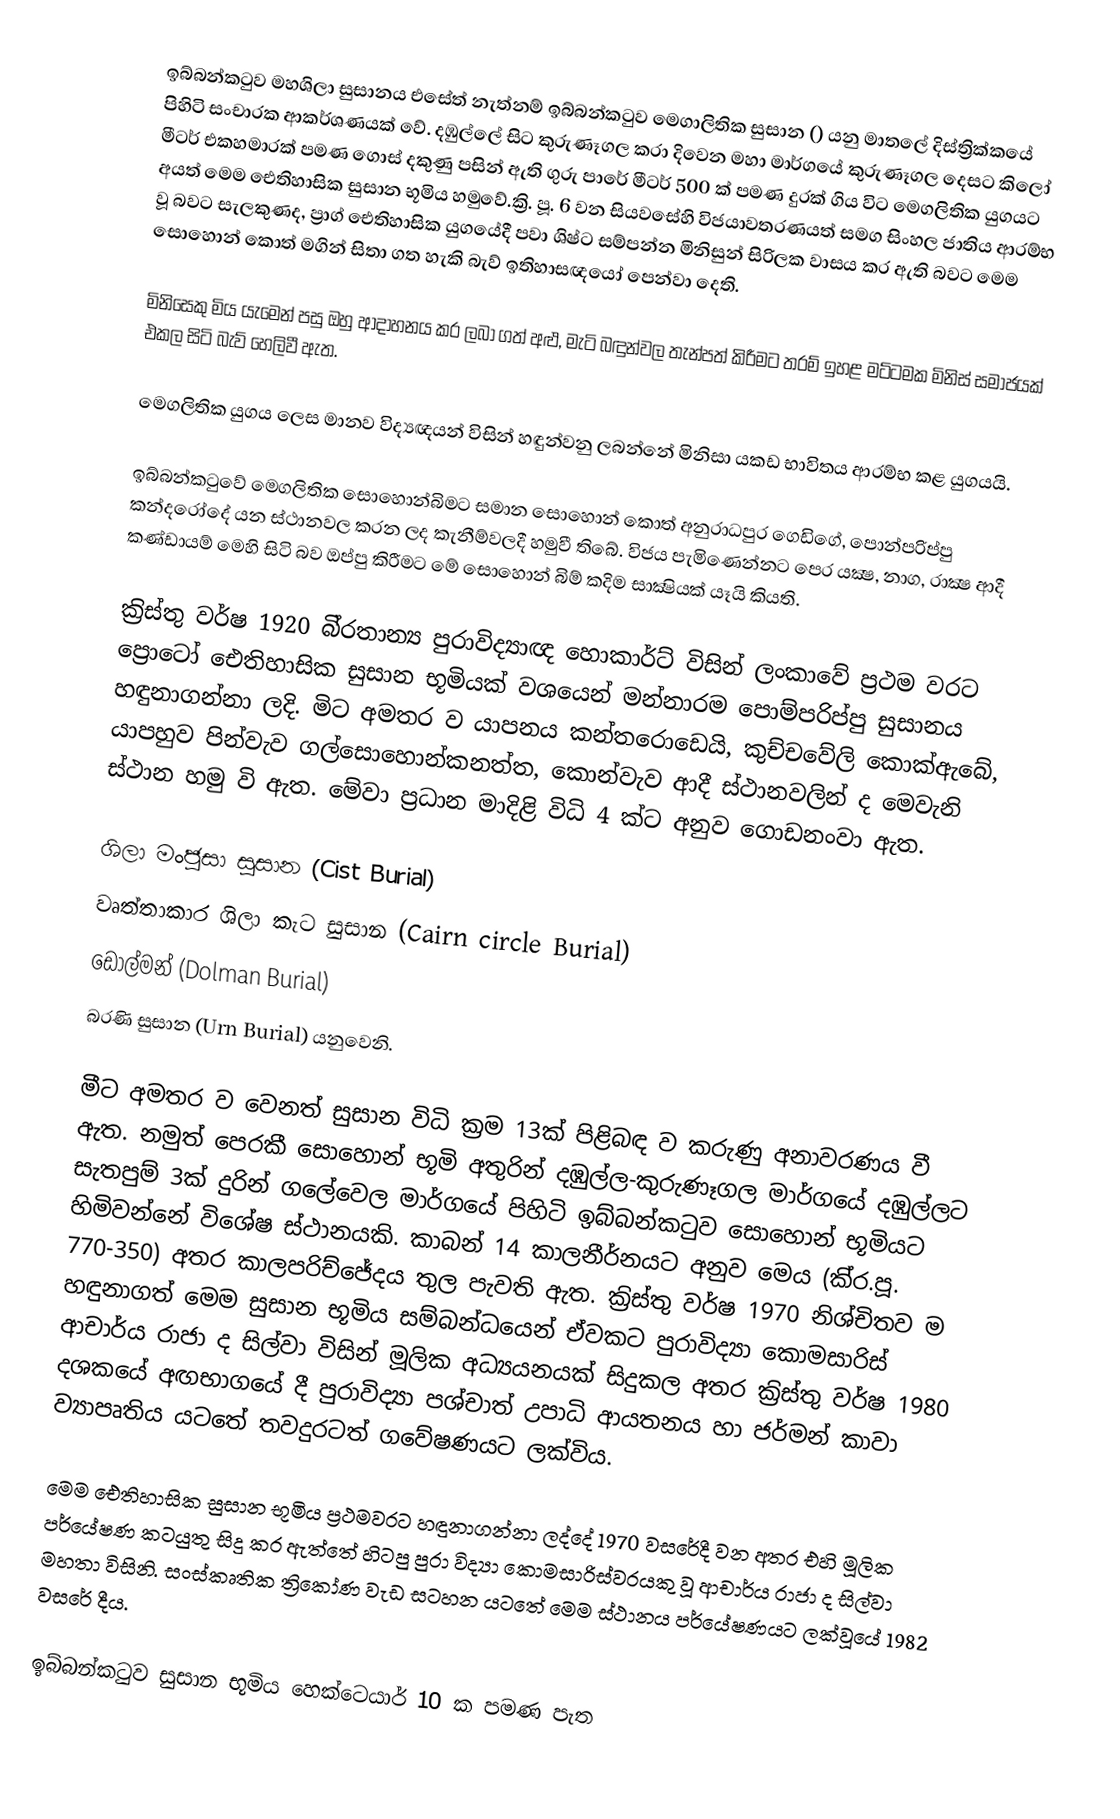
ඉබ්බන්කටුව මහශිලා සුසානය එසේත් නැත්නම් ඉබ්බන්කටුව මෙගාලිතික සුසාන () යනු මාතලේ දිස්ත්‍රික්කයේ පිහිටි සංචාරක ආකර්ශණයක් වේ. දඹුල්ලේ සිට කුරුණෑගල කරා දිවෙන මහා මාර්ගයේ කුරුණෑගල දෙසට කිලෝ මීටර් එකහමාරක්‌ පමණ ගොස්‌ දකුණු පසින් ඇති ගුරු පාරේ මීටර් 500 ක්‌ පමණ දුරක්‌ ගිය විට මෙගලිතික යුගයට අයත් මෙම ඓතිහාසික සුසාන භූමිය හමුවේ.ක්‍රි. පූ. 6 වන සියවසේහි විජයාවතරණයත් සමග සිංහල ජාතිය ආරම්භ වූ බවට සැලකුණද, ප්‍රාග් ඓතිහාසික යුගයේදී පවා ශිෂ්ට සම්පන්න මිනිසුන් සිරිලක වාසය කර ඇති බවට මෙම සොහොන් කොත් මගින් සිතා ගත හැකි බැව් ඉතිහාසඥයෝ පෙන්වා දෙති.

මිනිසෙකු මිය යැමෙන් පසු ඔහු ආදාහනය කර ලබා ගත් අළු, මැටි බඳුන්වල තැන්පත් කිරීමට තරම් ඉහළ මට්‌ටමක මිනිස්‌ සමාජයක්‌ එකල සිටි බැව් හෙලිවී ඇත.

මෙගලිතික යුගය ලෙස මානව විද්‍යඥයන් විසින් හඳුන්වනු ලබන්නේ මිනිසා යකඩ භාවිතය ආරම්භ කළ යුගයයි.

ඉබ්බන්කටුවේ මෙගලිතික සොහොන්බිමට සමාන සොහොන් කොත් අනුරාධපුර ගෙඩිගේ, පොන්පරිප්පු කන්දරෝදේ යන ස්‌ථානවල කරන ලද කැනීම්වලදී හමුවී තිබේ. විජය පැමිණෙන්නට පෙර යක්‍ෂ, නාග, රාක්‍ෂ ආදී කණ්‌ඩායම් මෙහි සිටි බව ඔප්පු කිරීමට මේ සොහොන් බිම් කදිම සාක්‍ෂියක්‌ යෑයි කියති.

ක‍්‍රිස්තු වර්ෂ 1920 බි‍්‍රතාන්‍ය පුරාවිද්‍යාඥ හොකාර්ට් විසින් ලංකාවේ ප‍්‍රථම වරට ප්‍රොටෝ ඓතිහාසික සුසාන භූමියක් වශයෙන් මන්නාරම පොම්පරිප්පු සුසානය හඳුනාගන්නා ලදි. මිට අමතර ව යාපනය කන්තරොඩෙයි, කුච්චවේලි කොක්ඇබේ, යාපහුව පින්වැව ගල්සොහොන්කනත්ත, කොන්වැව ආදී ස්ථානවලින් ද මෙවැනි ස්ථාන හමු වි ඇත. මේවා ප‍්‍රධාන මාදිළි විධි 4 ක්ට අනුව ගොඩනංවා ඇත.

 ශිලා මංජුසා සුසාන (Cist Burial)
 වෘත්තාකාර ශිලා කැට සුසාන (Cairn circle Burial)
 ඩොල්මන් (Dolman Burial)
 බරණි සුසාන (Urn Burial) යනුවෙනි.

මීට අමතර ව වෙනත් සුසාන විධි ක‍්‍රම 13ක් පිළිබඳ ව කරුණු අනාවරණය වී ඇත. නමුත් පෙරකී සොහොන් භූමි අතුරින් දඹුල්ල-කුරුණෑගල මාර්ගයේ දඹුල්ලට සැතපුම් 3ක් දුරින් ගලේවෙල මාර්ගයේ පිහිටි ඉබ්බන්කටුව සොහොන් භූමියට හිමිවන්නේ විශේෂ ස්ථානයකි. කාබන් 14 කාලනීර්නයට අනුව මෙය (කි‍්‍ර.පූ. 770-350) අතර කාලපරිච්ජේදය තුල පැවති ඇත. ක‍්‍රිස්තු වර්ෂ 1970 නිශ්චිතව ම හඳුනාගත් මෙම සුසාන භූමිය සම්බන්ධයෙන් ඒවකට පුරාවිද්‍යා කොමසාරිස් ආචාර්ය රාජා ද සිල්වා විසින් මූලික අධ්‍යයනයක් සිදුකල අතර ක‍්‍රිස්තු වර්ෂ 1980 දශකයේ අඟභාගයේ දී පුරාවිද්‍යා පශ්චාත් උපාධි ආයතනය හා ජර්මන් කාවා ව්‍යාපෘතිය යටතේ තවදුරටත් ගවේෂණයට ලක්විය.

මෙම ඓතිහාසික සුසාන භූමිය ප්‍රථමවරට හඳුනාගන්නා ලද්දේ 1970 වසරේදී වන අතර එහි මූලික පර්යේෂණ කටයුතු සිදු කර ඇත්තේ හිටපු පුරා විද්‍යා කොමසාරිස්‌වරයකු වූ ආචාර්ය රාජා ද සිල්වා මහතා විසිනි. සංස්‌කෘතික ත්‍රිකෝණ වැඩ සටහන යටතේ මෙම ස්‌ථානය පර්යේෂණයට ලක්‌වූයේ 1982 වසරේ දීය.

ඉබ්බන්කටුව සුසාන භූමිය හෙක්‌ටෙයාර් 10 ක පමණ පැත